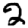
Digit: 2